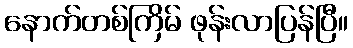
နောက်တစ်ကြိမ် ဖုန်းလာပြန်ပြီ။